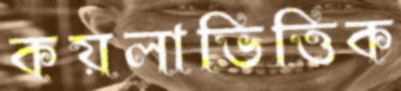
কয়লাভিত্তিক